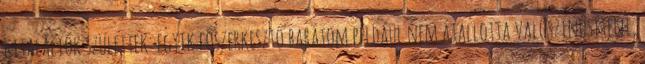
kitalációk szü­lettek: egyik főszerkesztő barátom például nem átallotta valószínűsíteni,